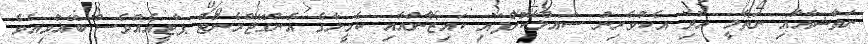
ނަތާޝާއާއި ނަތާލީ އަދި އެކުވެރިން ސައްލާކޮށްފައި ކައިޒާންއާއި ކެމީލާގެ އެންގޭޖްމެންޓް ޕާޓީއެއްވެސް ބޭއްވިއެވެ.